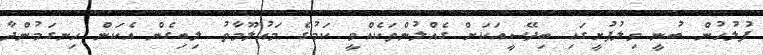
ފުލުހުން ބުނީ ވިލުފުށީގައި ބިދޭސީއަކަށް ގެއްލުންތަކެއްވީ ކަމުގެ މައުލޫމާތު ލިބިގެން އެކަން ހިނގަމުންދާ